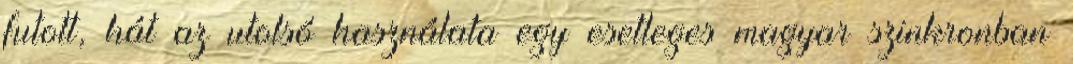
futott, hát az utolsó használata egy esetleges magyar szinkronban